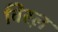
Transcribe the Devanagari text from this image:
विरल़